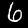
Label: 6